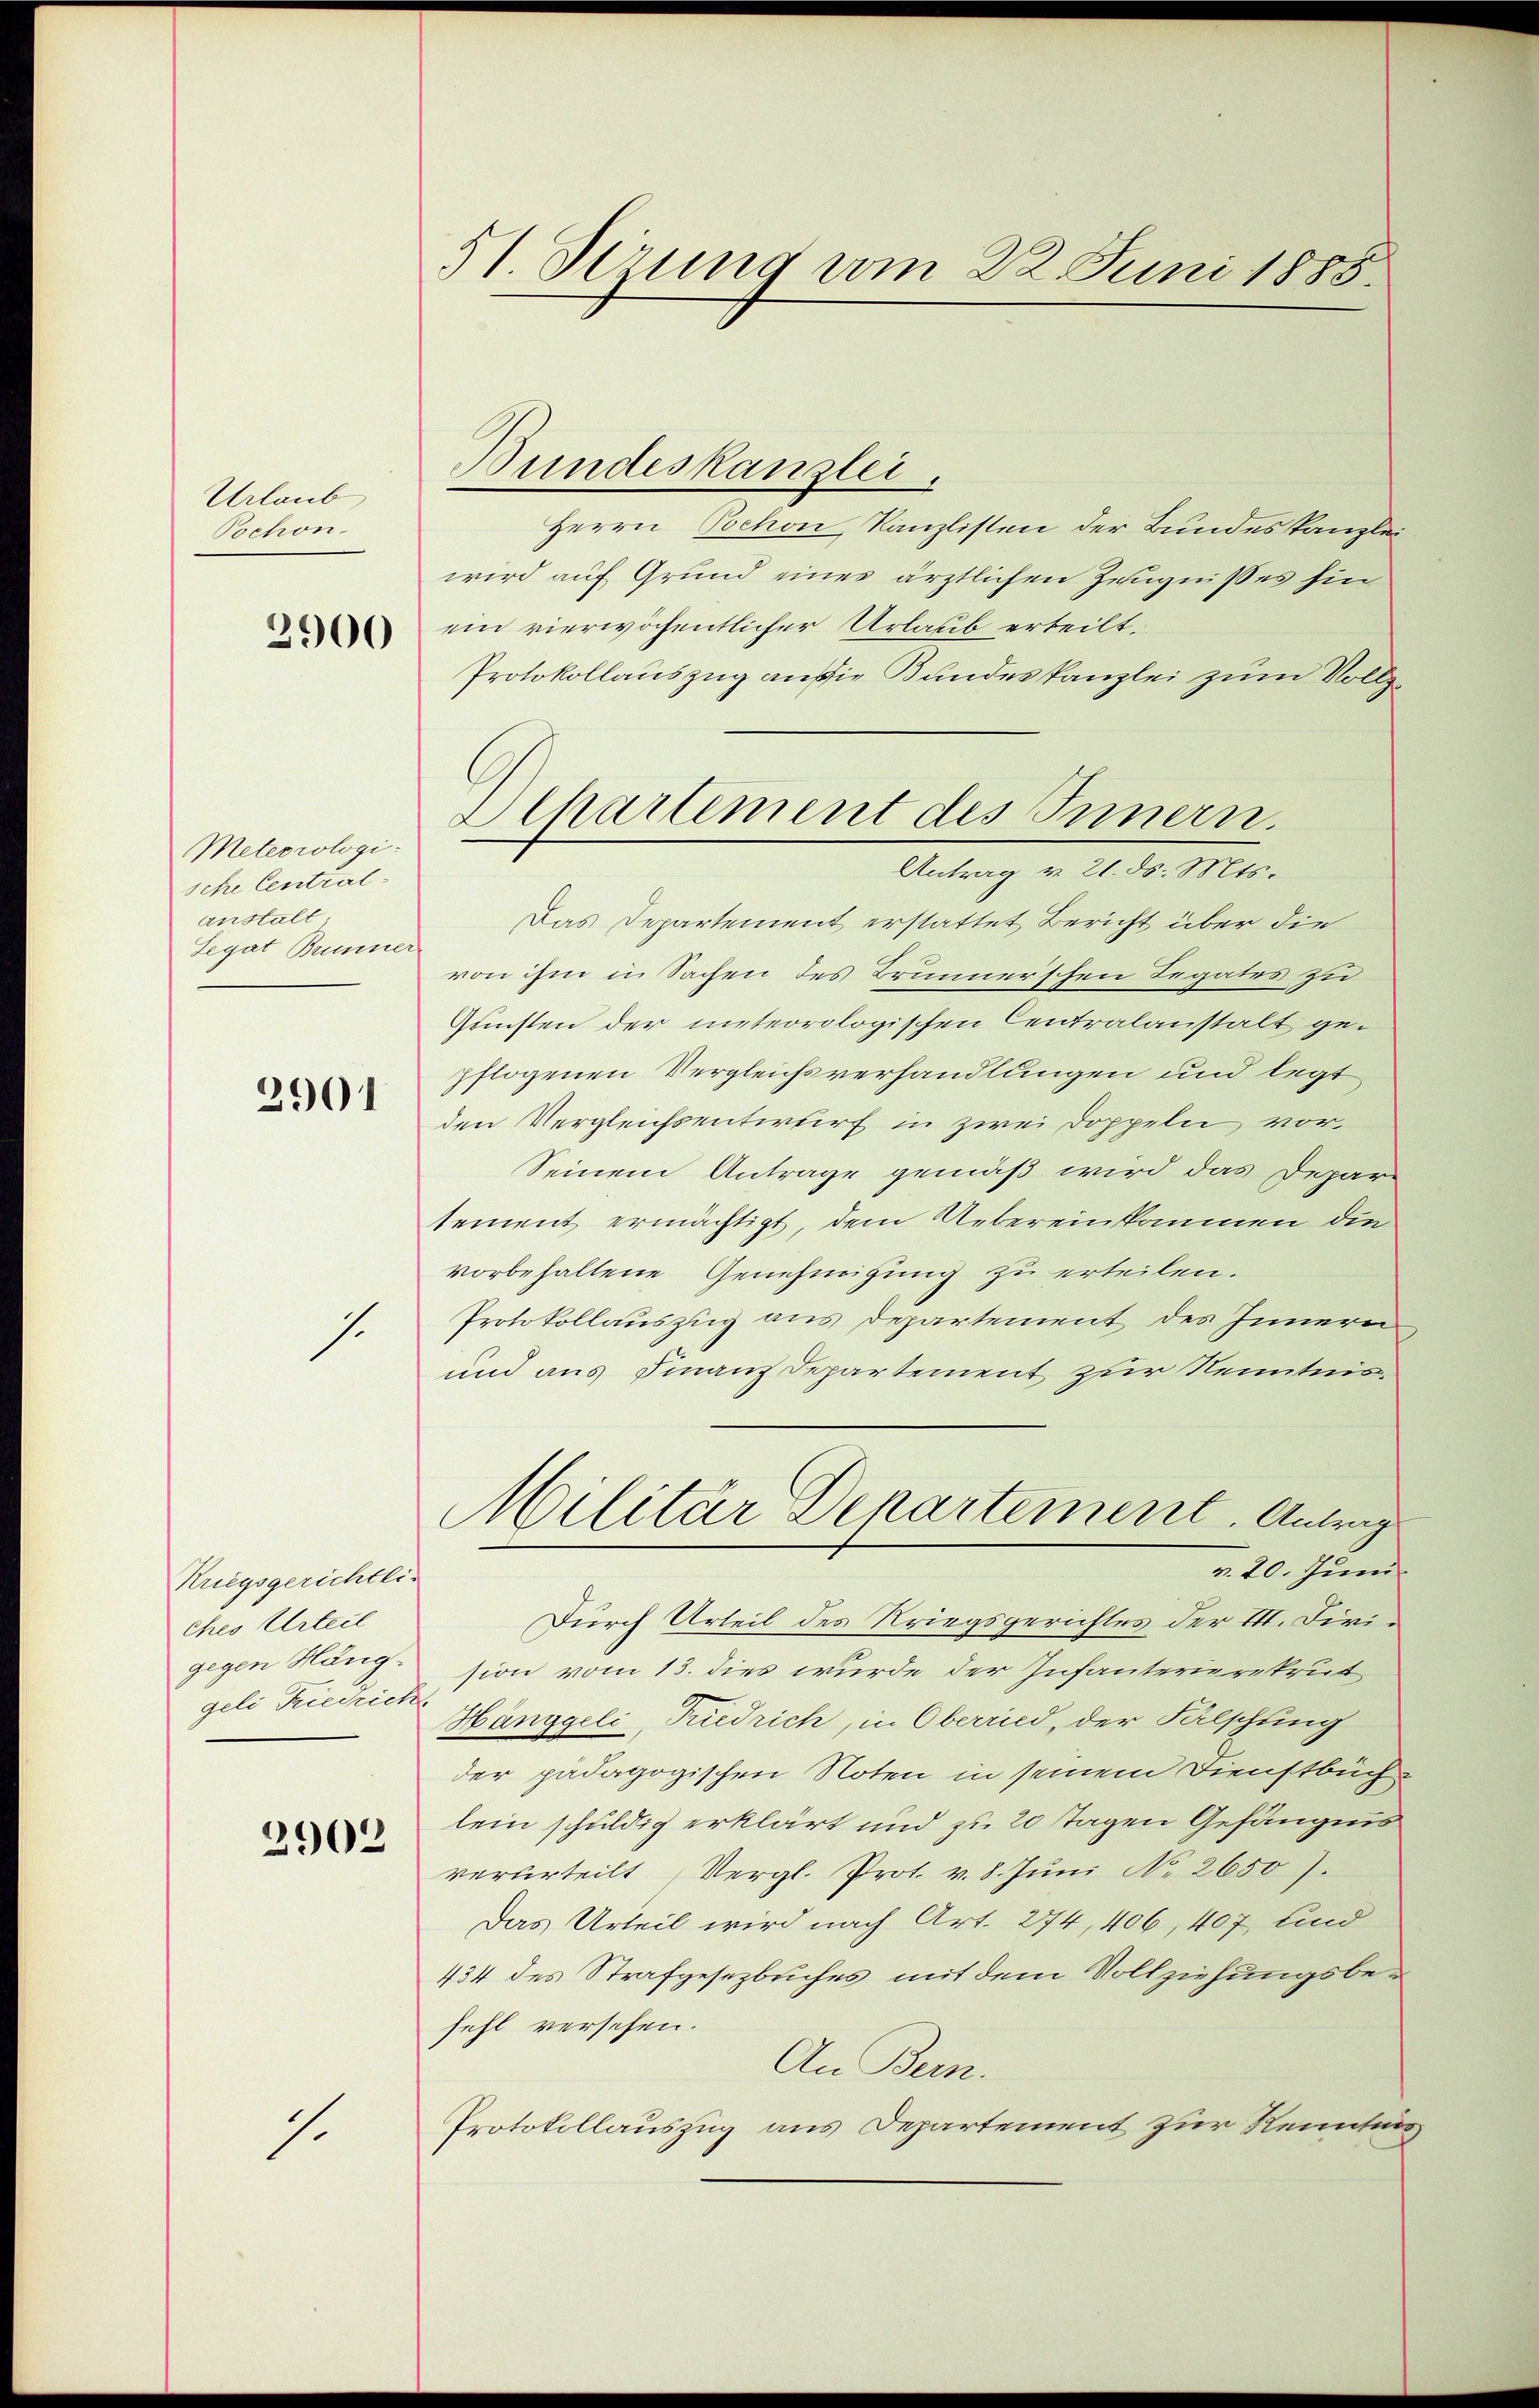
Urlaub
Pochon.

2900

Meteorologische Central-
anstalt
Legat Bumme.

2901

Kriegsgerichtli
ches Urteil
gegen Häng.
geli Friedrich

2902

1.

.

51. Verung vom 22. Juni 1885.

Bundeskanzlei.
Herrn Bochon, Kanzlisten der Bundeskanzlei
wird auf Grund eines ärztlichen Zeugnisses hin
ein vierwöchentlicher Urlaub erteilt.
Protokollauszug an die Bundeskanzlei zum Vollz
Antrag v. 21. ds. Mts.
Das Departement erstattet Bericht über die
von ihm in Sachen des Brunnerschen Regates zu
Gunsten der inteorologischen Centralanstalt gepflogenen Vergleichsverhandlungen und legt
den Vergleichsentwurf in zwei Doppeln vor¬
Seinem Antrage gemäß wird das Depar-
sement ermächtigt, dem Uebereinkommen die
vorbehaltene Genehmigung zu erteilen.
Protokollauszug aus Departement des Innern
und aus Finanzdepartement zur Nenntnis¬
Militär Departement. Antrag
v. 20. Juni
Durch Urteil des Kriegsgerichtes der III. Firision vom 13. dies wurde der Infanterierekrut
Hänggeli, Friedrich, in Oberried, der Falschung
der pädagogischen Noten in seinem Dienstbuch.
lein schuldig erklärt und zu 20 Tagen Gefängnis
verurteilt Vergl. Prot. v. 8. Jŭni No 26507.
Das Urteil wird nach Art. 274, 406, 407 und
434 des Strafgesetzbuches mit dem Vollziehungsbefehl versehen.
An Bern.
Protokollauszug aus Departement zur Kenntni

Chartement des Innern.